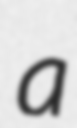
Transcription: a